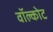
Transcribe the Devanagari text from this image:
वॉल्कोट